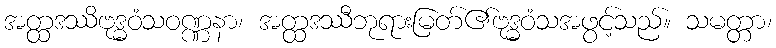
အတ္ထဒဿိဗုဒ္ဓဝံသဝဏ္ဏနာ၊ အတ္ထဒဿီဘုရားမြတ်၏ဗုဒ္ဓဝံသအဖွင့်သည်။ သမတ္တာ၊